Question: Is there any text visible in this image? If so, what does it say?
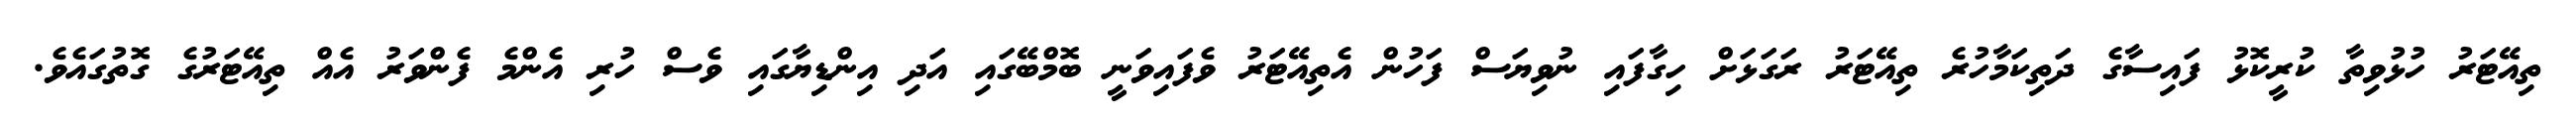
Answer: ތިއޭޓަރު ހުޅުވިތާ ކުރީކޮޅު ފައިސާގެ ދަތިކަމާހުރެ ތިއޭޓަރު ރަގަޅަށް ހިގާފައި ނުވިޔަސް ފަހުން އެތިއޭޓަރު ވެފައިވަނީ ބޮމްބޭގައި އަދި އިންޑިޔާގައި ވެސް ހުރި އެންމެ ފެންވަރު އެއް ތިއޭޓަރުގެ ގޮތުގައެވެ.